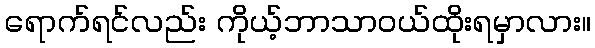
ရောက်ရင်လည်း ကိုယ့်ဘာသာဝယ်ထိုးရမှာလား။